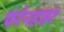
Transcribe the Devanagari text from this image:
फरेनहाइट